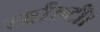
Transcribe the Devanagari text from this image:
रर्वाल्टी।